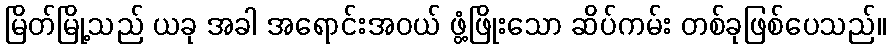
မြိတ်မြို့သည် ယခု အခါ အရောင်းအဝယ် ဖွံ့ဖြိုးသော ဆိပ်ကမ်း တစ်ခုဖြစ်ပေသည်။